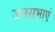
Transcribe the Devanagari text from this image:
जनसभाएं